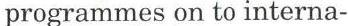
programmes on to interna-